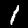
Digit: 1